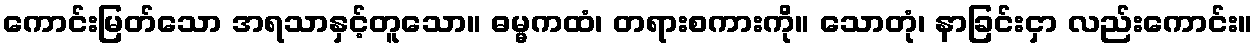
ကောင်းမြတ်သော အရသာနှင့်တူသော။ ဓမ္မကထံ၊ တရားစကားကို။ သောတုံ၊ နာခြင်းငှာ လည်းကောင်း။